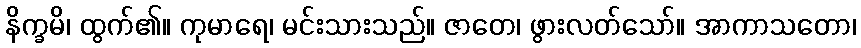
နိက္ခမိ၊ ထွက်၏။ ကုမာရေ၊ မင်းသားသည်။ ဇာတေ၊ ဖွားလတ်သော်။ အာကာသတော၊